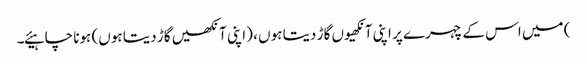
) میں اس کے چہرے پر اپنی آنکھیوں گاڑ دیتا ہوں ، (اپنی آنکھیں گاڑ دیتا ہوں) ہونا چاہیئے۔